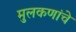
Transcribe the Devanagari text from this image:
मुलकणांचे